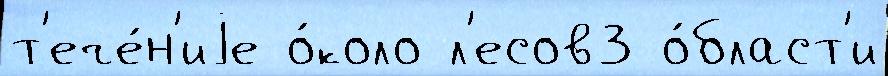
т'ече́н'иjе о́коло л'есов3 о́бласт'и